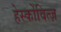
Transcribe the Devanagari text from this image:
हेर्स्कोवित्ज़